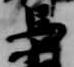
馬